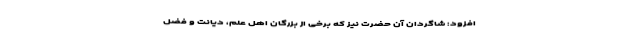
افزود: شاگردان آن حضرت نیز که برخی از بزرگان اهل علم، دیانت و فضل